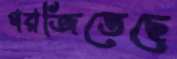
গরজিতেছে